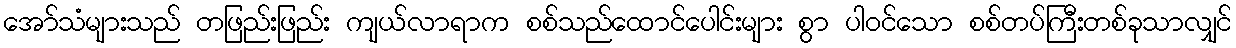
အော်သံများသည် တဖြည်းဖြည်း ကျယ်လာရာက စစ်သည်ထောင်ပေါင်းများ စွာ ပါဝင်သော စစ်တပ်ကြီးတစ်ခုသာလျှင်